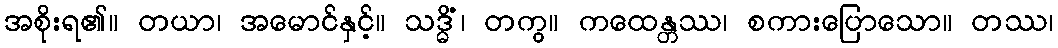
အစိုးရ၏။ တယာ၊ အမောင်နှင့်။ သဒ္ဓိံ၊ တကွ။ ကထေန္တဿ၊ စကားပြောသော။ တဿ၊